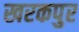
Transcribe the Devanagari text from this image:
खरकपुर